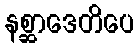
နစ္ဆာဒေတိပေ